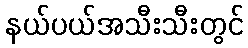
နယ်ပယ်အသီးသီးတွင်